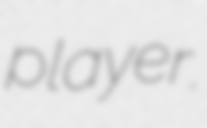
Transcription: player.